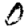
Digit: 0